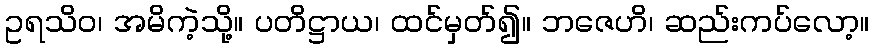
ဥရသိဝ၊ အမိကဲ့သို့။ ပတိဋ္ဌာယ၊ ထင်မှတ်၍။ ဘဇေဟိ၊ ဆည်းကပ်လော့။